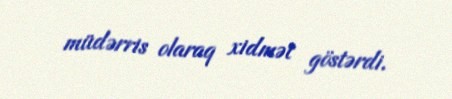
müdərris olaraq xidmət göstərdi.